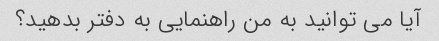
آیا می توانید به من راهنمایی به دفتر بدهید؟